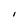
Character: I